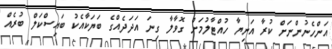
އަންހެނުންނަށް ކުރާ އަނިޔާ ހުއްޓާލުމަށް ގޮވާލާ ގިނަ އަދަދެއްގެ ބަޔަކާއެކު ބައިސްކަލް ބުރެއް